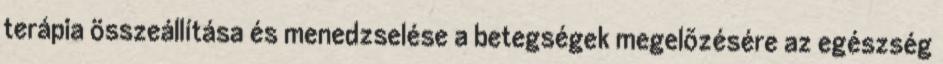
terápia összeállítása és menedzselése a betegségek megelõzésére az egészség